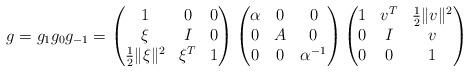
LaTeX: \begin{align*}g = g_1g_0g_{-1} = \begin{pmatrix}1&0&0\\\xi&I&0\\\frac{1}{2}\|\xi\|^2&\xi^T&1\end{pmatrix}\begin{pmatrix}\alpha&0&0\\0&A&0\\0&0&\alpha ^{-1}\end{pmatrix}\begin{pmatrix}1&v^T&\frac{1}{2}\|v\|^2\\0&I&v\\0&0&1\end{pmatrix}\end{align*}